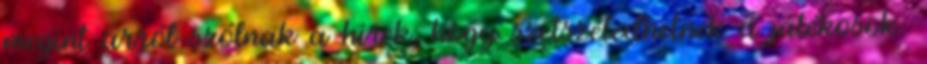
megint arról szólnak a hírek, hogy szétszéledhetnek a játékosok: